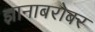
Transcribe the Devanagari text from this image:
ज्ञानाबरोबर